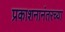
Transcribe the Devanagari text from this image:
प्रकाशनानंतरच्या